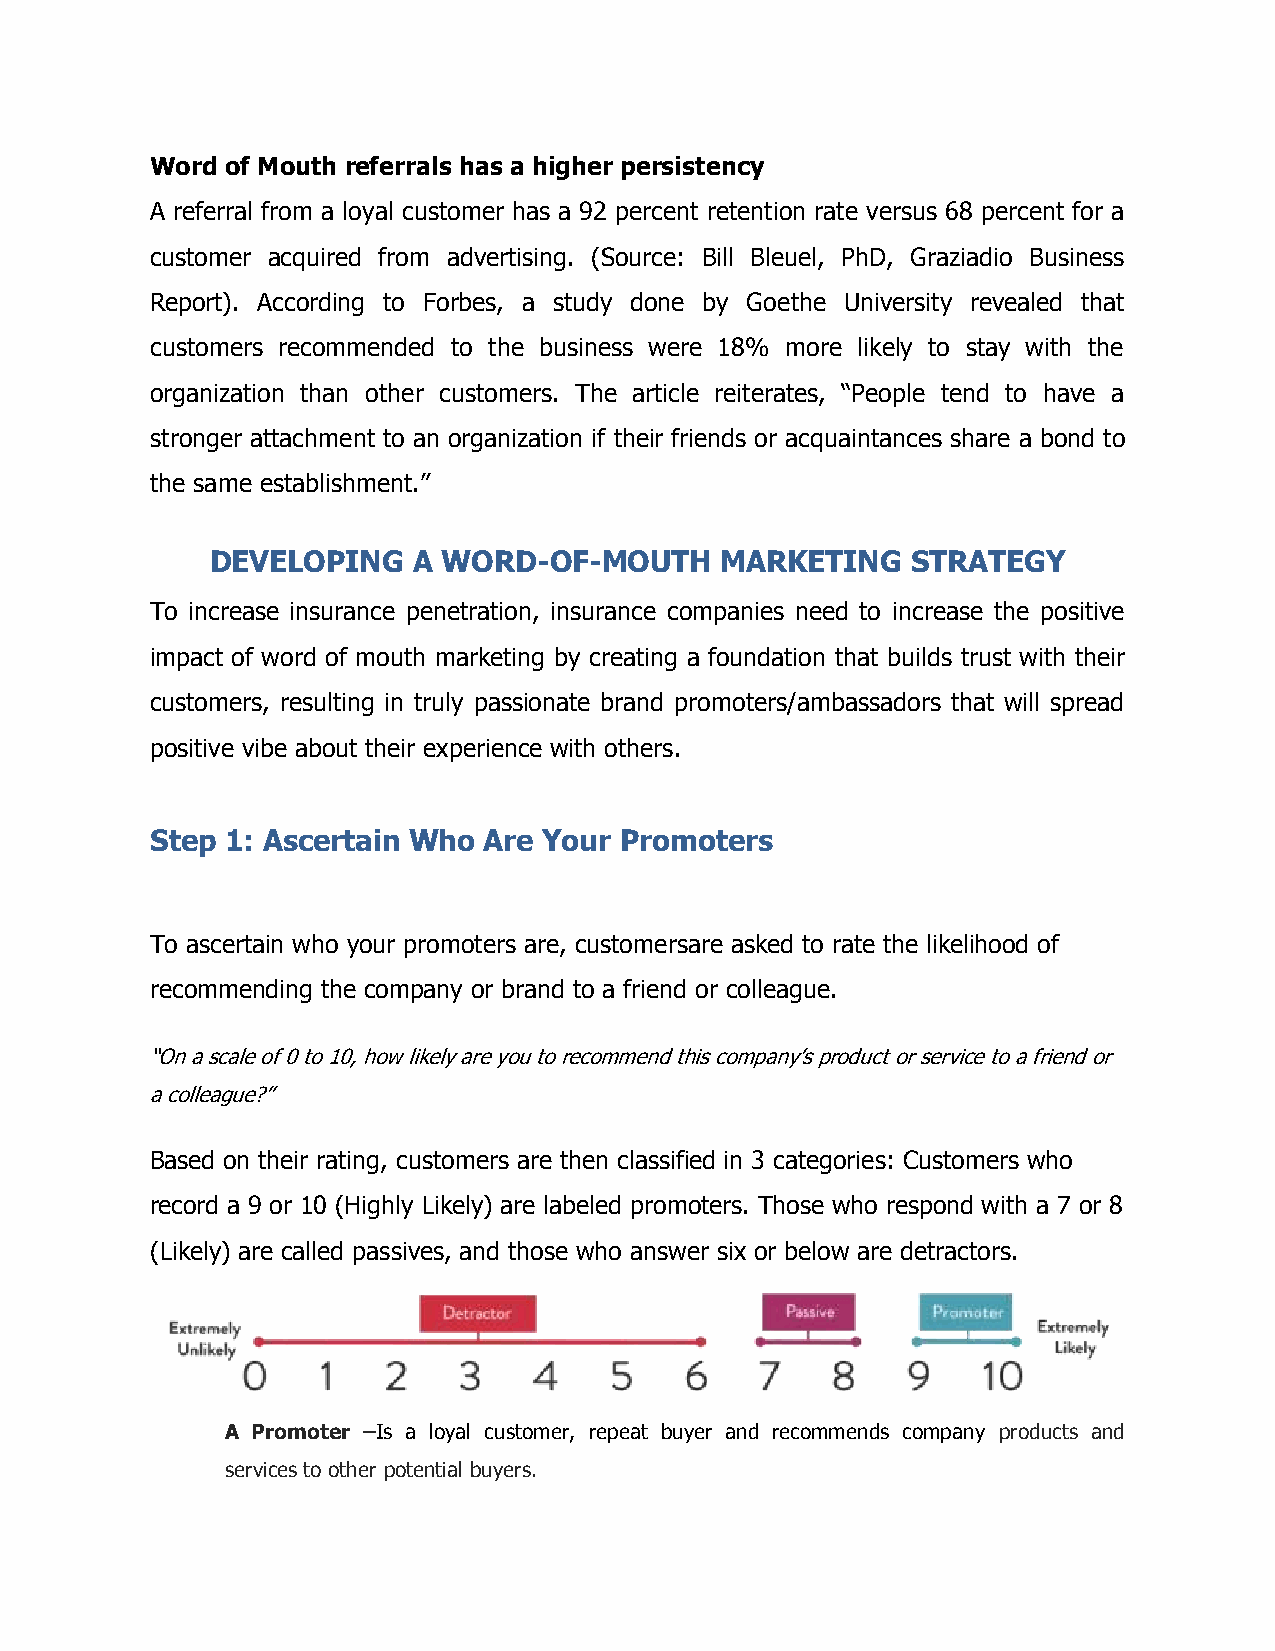
Word of Mouth referrals has a higher persistency
 A referral from a loyal customer has a 92 percent retention rate versus 68 percent for a
 customer acquired from advertising. (Source: Bill Bleuel, PhD, Graziadio Business
 Report). According to Forbes, a study done by Goethe University revealed that
 customers recommended to the business were 18% more likely to stay with the
 organization than other customers. The article reiterates, “People tend to have a
 stronger attachment to an organization if their friends or acquaintances share a bond to
 the same establishment.”
 DEVELOPING   A WORD-OF-MOUTH      MARKETING   STRATEGY
 To increase insurance penetration, insurance companies need to increase the positive
 impact of word of mouth marketing by creating a foundation that builds trust with their
 customers, resulting in truly passionate brand promoters/ambassadors that will spread
 positive vibe about their experience with others.
 Step 1: Ascertain Who Are Your Promoters
 To ascertain who your promoters are, customersare asked to rate the likelihood of
 recommending the company or brand to a friend or colleague.
 “On a scale of 0 to 10, how likely are you to recommend this company’s product or service to a friend or
 a colleague?”
 Based on their rating, customers are then classified in 3 categories: Customers who
 record a 9 or 10 (Highly Likely) are labeled promoters. Those who respond with a 7 or 8
 (Likely) are called passives, and those who answer six or below are detractors.
 A Promoter –Is a loyal customer, repeat buyer and recommends company products and
 services to other potential buyers.